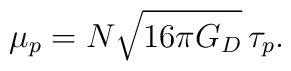
\mu_{p} = N \sqrt{16 \pi G_{D}} \, \tau_{p}.